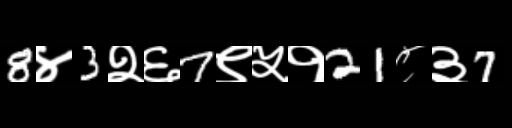
Text: 8४3२६7९५१21८३7